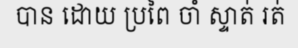
បាន ដោយ ប្រពៃ ចាំ ស្ទាត់ រត់